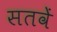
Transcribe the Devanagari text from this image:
सतवें